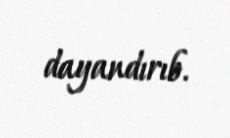
dayandırıb.